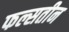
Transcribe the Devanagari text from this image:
फल्सतीन